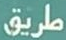
طريق